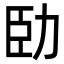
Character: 𠡗